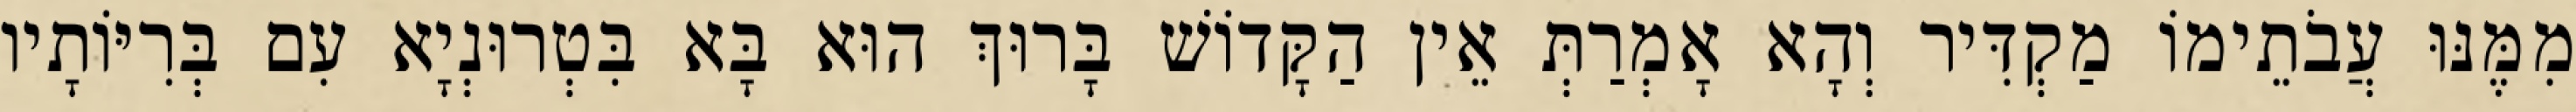
מִמֶּנּוּ עֲבֹתֵימוֹ מַקְדִּיר וְהָא אָמְרַתְּ אֵין הַקָּדוֹשׁ בָּרוּךְ הוּא בָּא בִּטְרוּנְיָא עִם בְּרִיּוֹתָיו